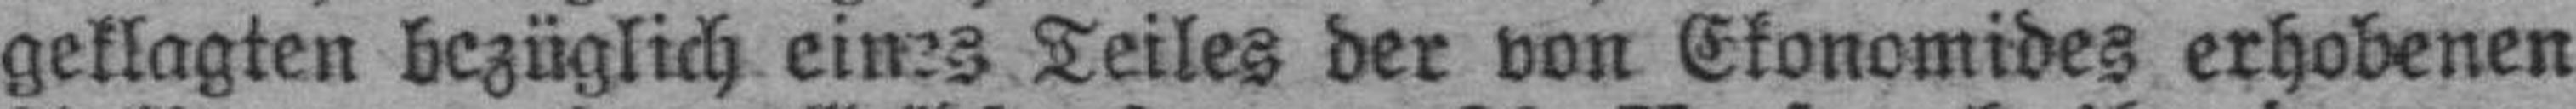
geklagten bezüglich eines Teiles der von Ekonomides erhobenen